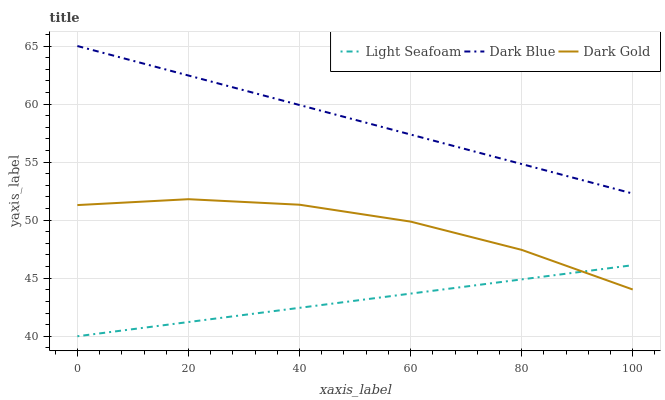
| xaxis_label | Light Seafoam | Dark Blue | Dark Gold |
 | --- | --- | --- | --- |
 | 0 | 40 | 65 | 51.3 |
 | 20 | 41.2 | 62.5 | 51.8 |
 | 40 | 42.4 | 59.9 | 51.3 |
 | 60 | 43.7 | 57.4 | 49.9 |
 | 80 | 44.9 | 54.8 | 47.4 |
 | 100 | 46.1 | 52.3 | 44 |